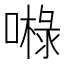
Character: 𱔘